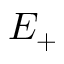
E _ { + }